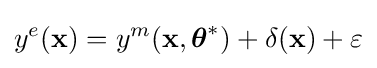
y^{e}(\mathbf {x} )=y^{m}(\mathbf {x} ,{\boldsymbol {\theta }}^{*})+\delta (\mathbf {x} )+\varepsilon